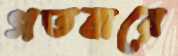
গতবারে